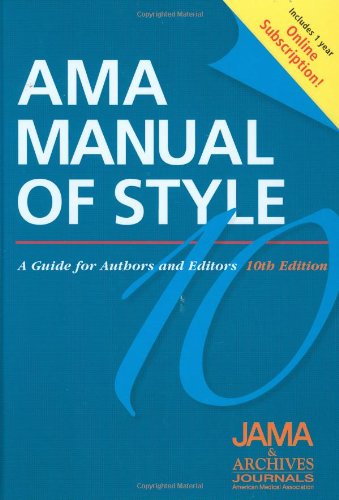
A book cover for AMA Manual of Style: A Guide for Authors and Editors  Special Online Bundle Package; JAMA NetworkÂ® Editors; Medical Books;